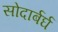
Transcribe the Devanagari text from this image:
सोदार्बर्घ